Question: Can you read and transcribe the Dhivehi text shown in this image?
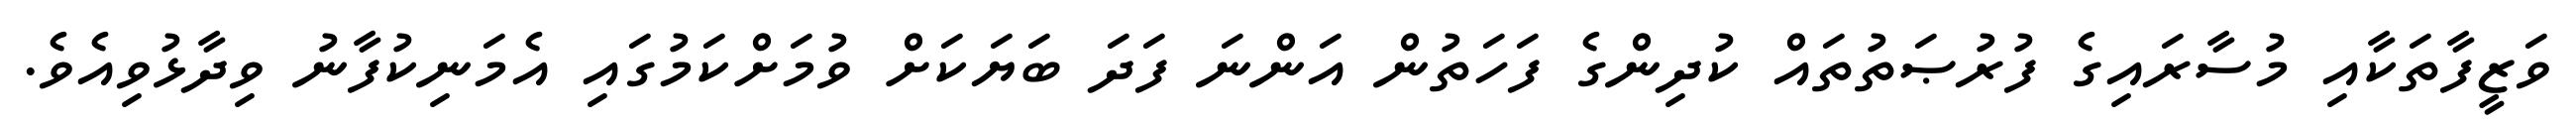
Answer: ވަޒީފާތަކާއި މުސާރައިގެ ފުރުޞަތުތައް ކުދިންގެ ފަހަތުން އަންނަ ފަދަ ބަޔަކަށް ވުމަށްކަމުގައި އެމަނިކުފާނު ވިދާޅުވިއެވެ.